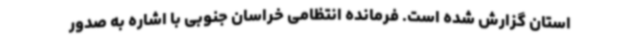
استان گزارش شده است. فرمانده انتظامی خراسان جنوبی با اشاره به صدور